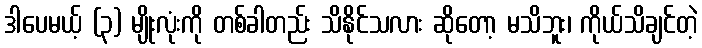
ဒါပေမယ့် (၃) မျိုးလုံးကို တစ်ခါတည်း သိနိုင်သလား ဆိုတော့ မသိဘူး၊ ကိုယ်သိချင်တဲ့